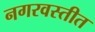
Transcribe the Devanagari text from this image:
नगरवस्तीत